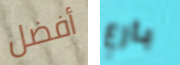
أفضل بارع